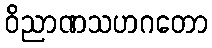
ဝိညာဏသဟဂတော